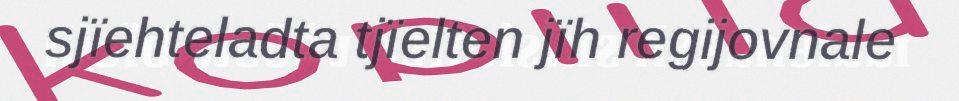
sjïehteladta tjïelten jïh regijovnale